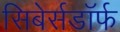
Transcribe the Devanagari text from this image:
सिबेर्सडॉर्फ